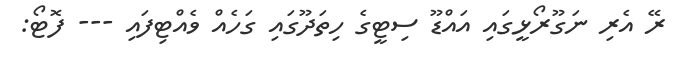
ރޭ އެރި ނަގޫރޯޅީގައި އައްޑޫ ސިޓީގެ ހިތަދޫގައި ގަހެއް ވެއްޓިފައި --- ފޮޓޯ: